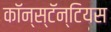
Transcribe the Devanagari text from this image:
कॉन्स्टॅन्टियस